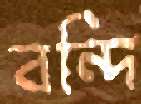
বন্দি